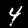
Digit: 4